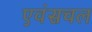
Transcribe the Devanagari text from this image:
एवंसचल